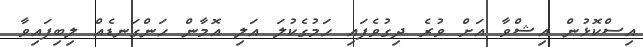
އިސްކޮޅުން އިޝްވާ އަށް ވުރެ ދިގުވެފައި ހަމުގެކުލަ އަލި އޮމާން ހަންގަނޑެއް ލިބިފައިވާ